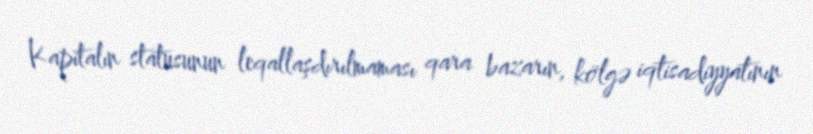
Kapitalın statusunun leqallaşdırılmaması qara bazarın, kölgə iqtisadiyyatının